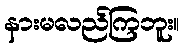
နားမလည်ကြဘူး။